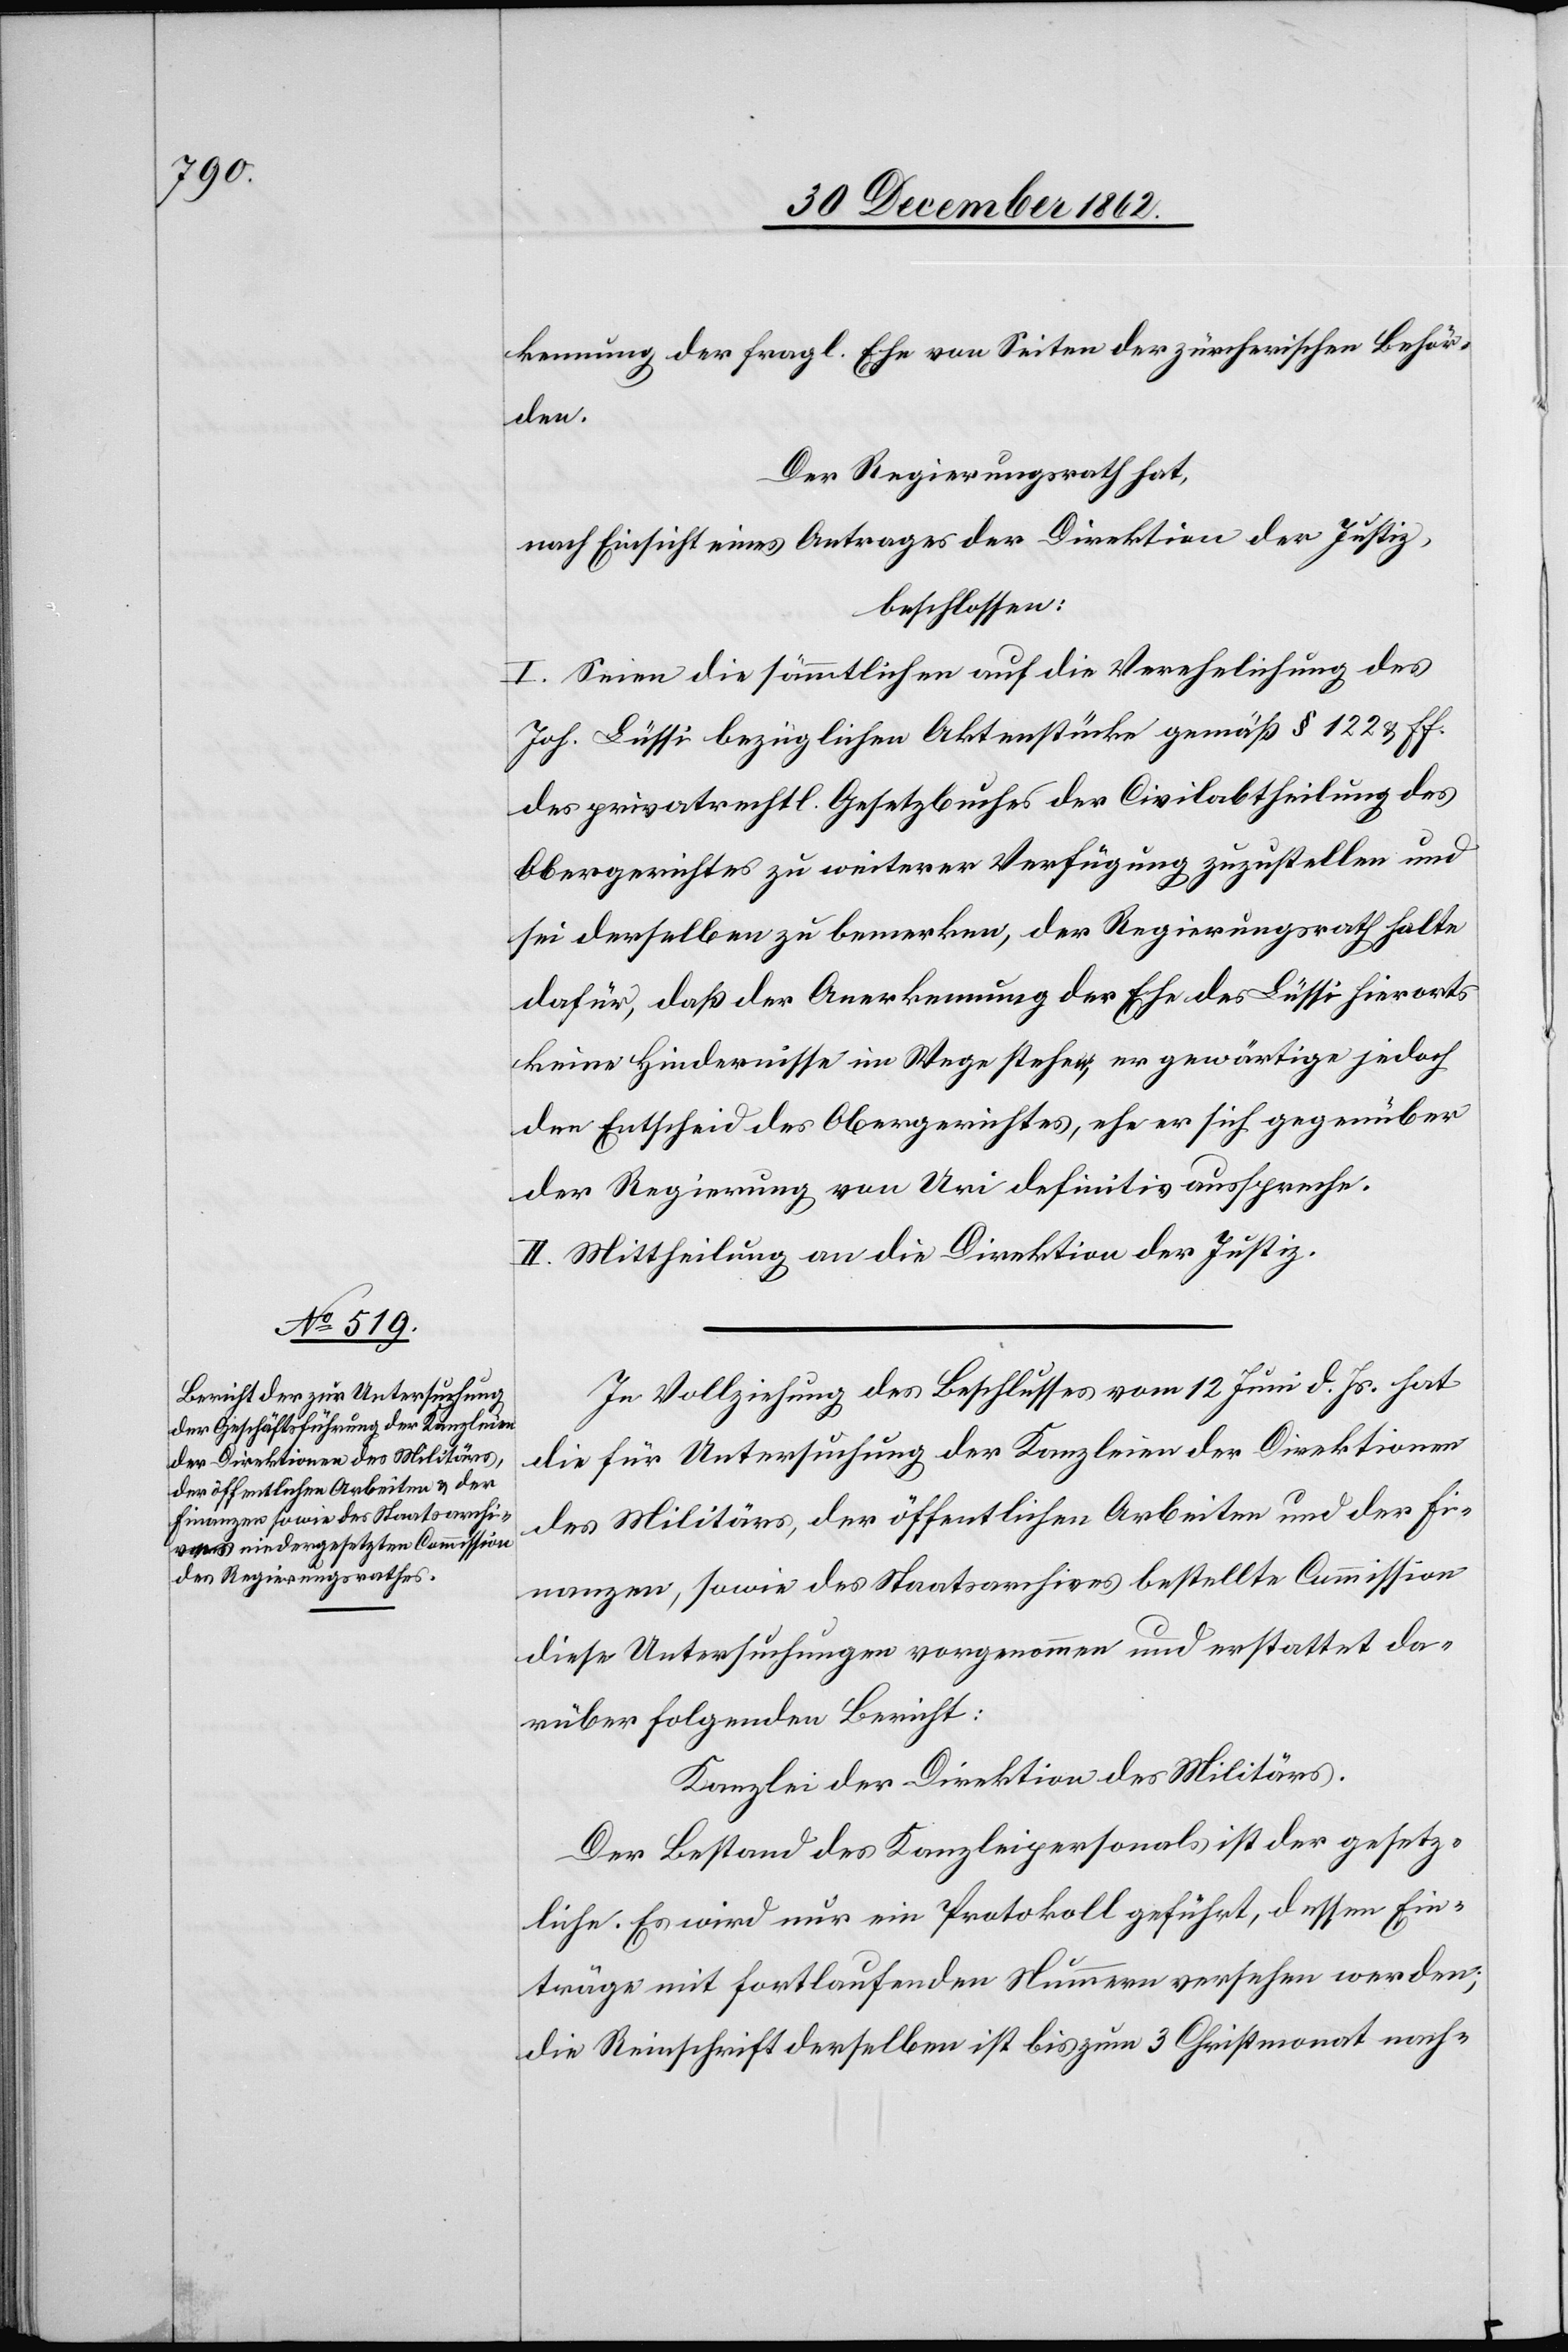
kennung der fragl. Ehe von Seiten der zürcherischen Behör¬
den.
Der Regierungsrath hat,
nach Einsicht eines Antrages der Direktion der Justiz,
beschlossen:
I. Seien die sämmtlichen auf die Verehelichung des
Joh. Lüssi bezüglichen Aktenstücke gemäß § 122 u. ff.
des privatrechtl. Gesetzbuches der Civilabtheilung des
Obergerichtes zu weiterer Verfügung zuzustellen und
sei derselben zu bemerken, der Regierungsrath halte
dafür, daß der Anerkennung der Ehe des Lüssi hierorts
keine Hindernisse im Wege stehen, er gewärtige jedoch
den Entscheid des Obergerichtes, ehe er sich gegenüber
der Regierung von Uri definitiv ausspreche.
II. Mittheilung an die Direktion der Justiz.
In Vollziehung des Beschlusses vom 12. Juni d. Js. hat
die für Untersuchung der Kanzleien der Direktionen
des Militärs, der öffentlichen Arbeiten und der Fi¬
nanzen, sowie des Staatsarchives bestellte Commission
diese Untersuchungen vorgenommen und erstattet da¬
rüber folgenden Bericht:
Kanzlei der Direktion des Militärs.
Der Bestand des Kanzleipersonals ist der gesetz¬
liche. Es wird nur ein Protokoll geführt, dessen Ein¬
träge mit fortlaufenden Nummern versehen werden;
die Reinschrift derselben ist bis zum 3. Christmonat nach-